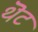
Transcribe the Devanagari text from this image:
थॆट